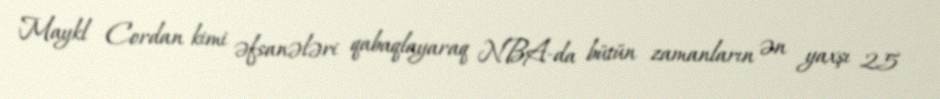
Maykl Cordan kimi əfsanələri qabaqlayaraq NBA-da bütün zamanların ən yaxşı 25